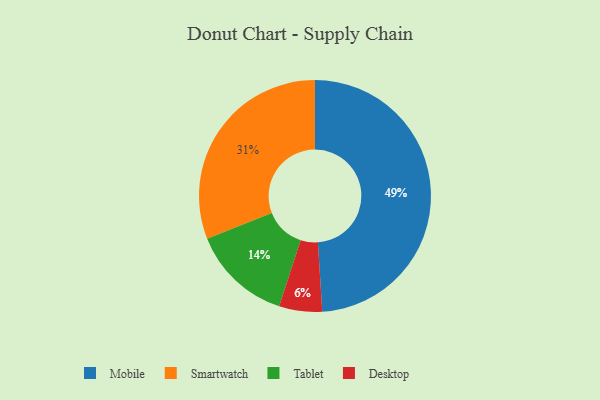
{"axis": {"x": "Category", "y": "Percentage"}, "legend": ["Desktop", "Mobile", "Smartwatch", "Tablet"], "data": [{"x": "Tablet", "y": 14, "type": "Tablet"}, {"x": "Desktop", "y": 6, "type": "Desktop"}, {"x": "Smartwatch", "y": 31, "type": "Smartwatch"}, {"x": "Mobile", "y": 49, "type": "Mobile"}]}